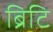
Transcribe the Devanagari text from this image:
ब्रिटि